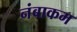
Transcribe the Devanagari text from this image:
नंबाकम